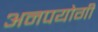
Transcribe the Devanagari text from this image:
अनपयोगी